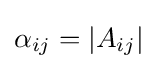
\alpha _{ij}=|A_{ij}|